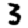
Digit: 3